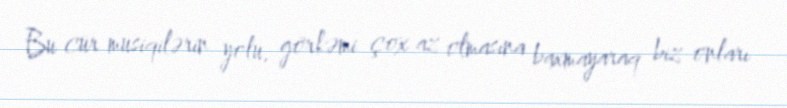
Bu cür musiqilərin yolu, görkəmi çox az olmasına baxmayaraq biz onları